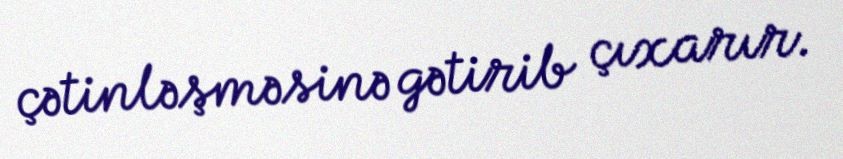
çətinləşməsinə gətirib çıxarır.